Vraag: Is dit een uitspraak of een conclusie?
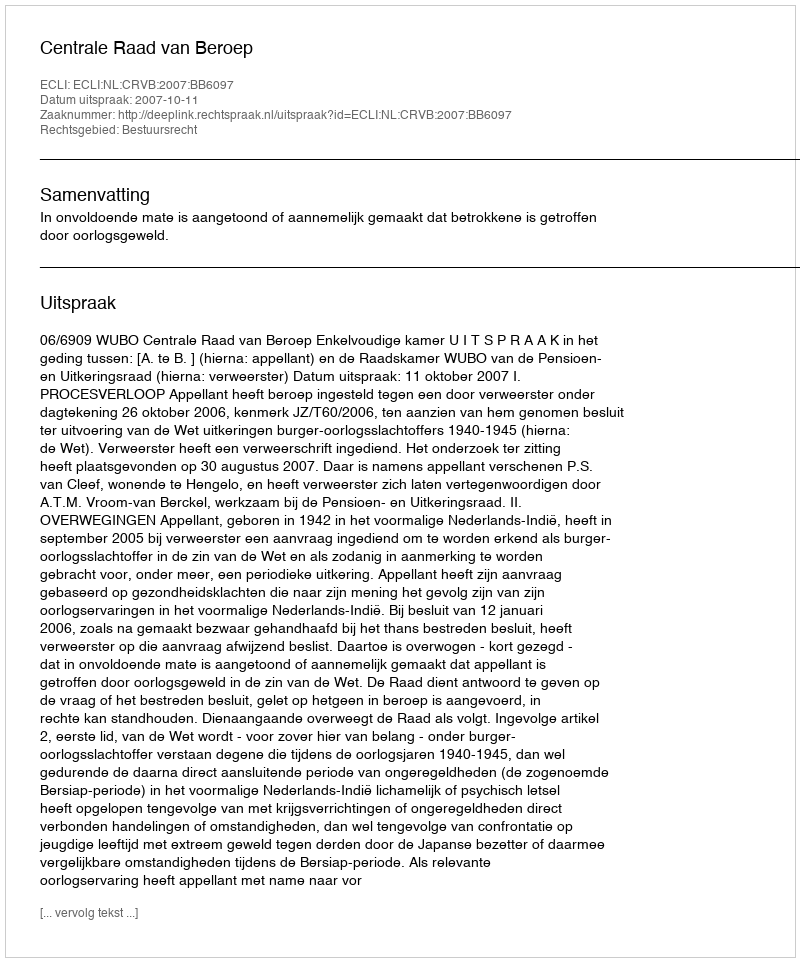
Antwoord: Uitspraak